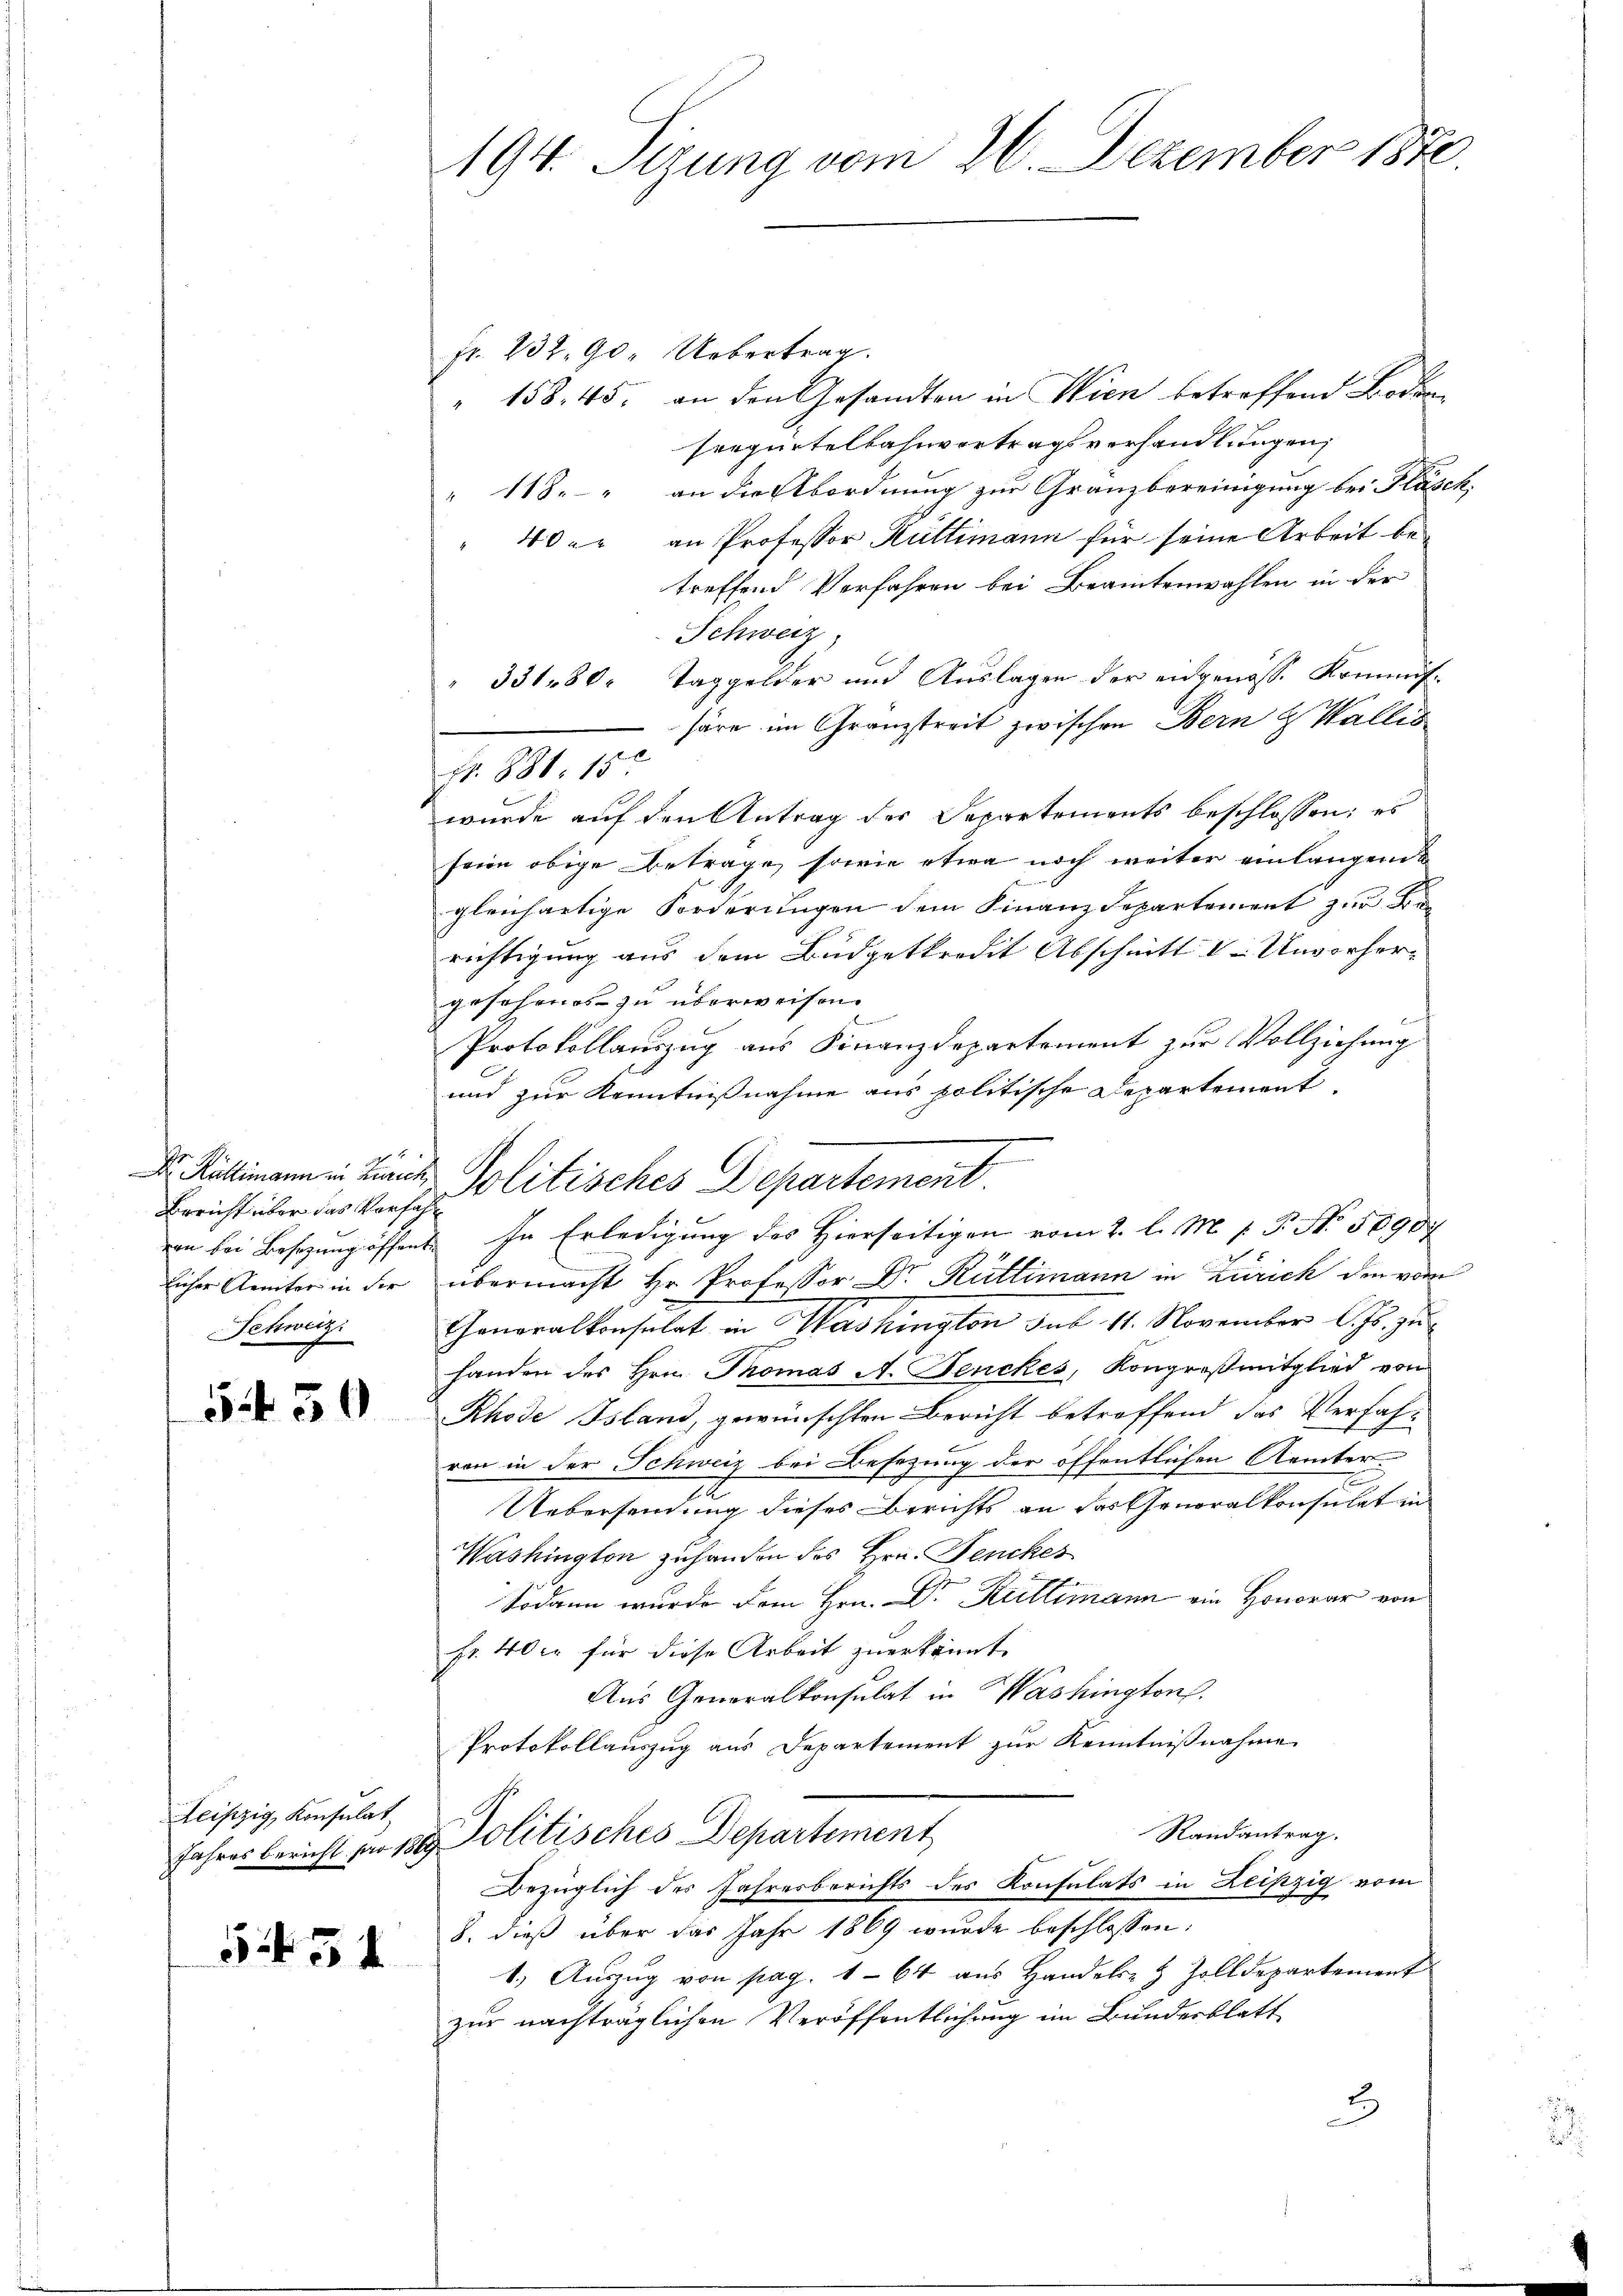
Bericht über das Verfahr
Schweiz.

530

Leipzig, Konsulat

5454

194. Sizung vom 26. Dezember 1872.

fr. 232. 90, Uebertrag.
" 158. 45. an den Gesandten in Wien betreffend Boden
seequitelbahnvertragsverhandlungen,
" 118. an die Abordnung zur Gränzbereinigung bei Gläse
" 40 kr an Professor Hüttimann für seine Arbeit betreffend Verfahren bei Beamtenwahlen in der
Schweiz
 331. 80. Taggelder und Auslagen der eidgenöss. Kommishäre im Granzstreit zwischen Bern & Wallis
M. 881. 15 x
wurde auf den Antrag des Separtements beschlossen: es
seine obige Betrage, sowie etwa noch weiter einlangende
gleichartige Forderungen dem Finanzdepartement zur Be
richtigung aus dem Büdgetkredit Abschnitt in Unvorhergesehenes zu überweisen.
Protokollauszug aus Finanzdepartement zur Vollziehung
und zur Kenntnißnahme aus politische Departement
von bei Besizung öffent. In Erledigung des Hierseitigen vom 2. l. M. v. P. No. 50907
licher Aemter in der übermacht Hr. Professor Dr. Rüttimann in Zürich den vor
Generalkonsulat in Washington sub 11. November l. Js. zuhanden des Hrn. Thomas A. Benckes, Kongreßmitglied von
Rhode Island, gewünschten Bericht betreffend das Verfahren in der Schweiz bei Besezung der öffentlichen Aemter
Uebersendung dieses Berichts an das Generalkonsulat in
Washington zuhanden des Hrn. Feuches
Sodann wurde dem Hrn. Dr Kultimann ein Honorar von
fr. 40 xr für diese Arbeit zuerkannt.
Aus Generalkonsulat in Washington
Protokollauszug aus Departement zur Kenntnißnahme
Randantrag.
Jahres Bericht für 189. Politisches Departement
Bezüglich des Jahresberichts des Konsulats in Leipzig vom
8. dieß über das Jahr 1869 wurde beschlossen:
1.) Auszug von pag. 164 aus Handels- & Zolldepartement
zur nachträglichen Veröffentlichung im Bundesblatt
2

Dr. Rüttimann in Linie Politisches Departement.